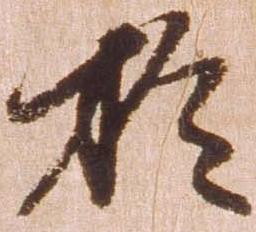
於